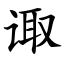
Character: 诹